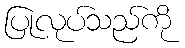
ပြုလုပ်သည်ကို